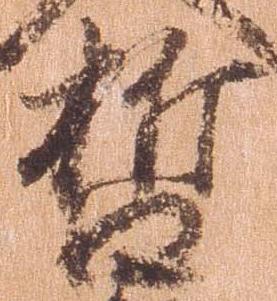
哲